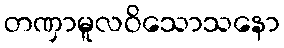
တဏှာမူလဝိသောသနော